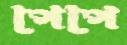
পেপে